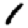
Digit: 1